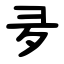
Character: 夛